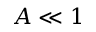
A \ll 1